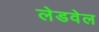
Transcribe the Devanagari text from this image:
लेडवेल